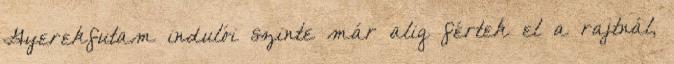
Gyerekfutam indulói szinte már alig fértek el a rajtnál,